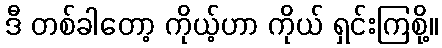
ဒီ တစ်ခါတော့ ကိုယ့်ဟာ ကိုယ် ရှင်းကြစို့။